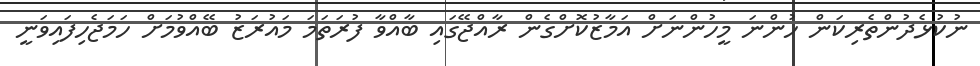
ނުކުޅެދުންތެރިކަން ހުންނަ މީހުންނަށް އަމާޒުކޮށްގެން ރާއްޖޭގައި ބާއްވާ ފުރަތަމަ މައުރަޒު ބޭއްވުމަށް ހަމަޖެހިފައިވަނީ